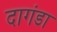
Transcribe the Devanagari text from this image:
दागंडा